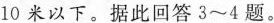
10米以下。据此回答3~4题。